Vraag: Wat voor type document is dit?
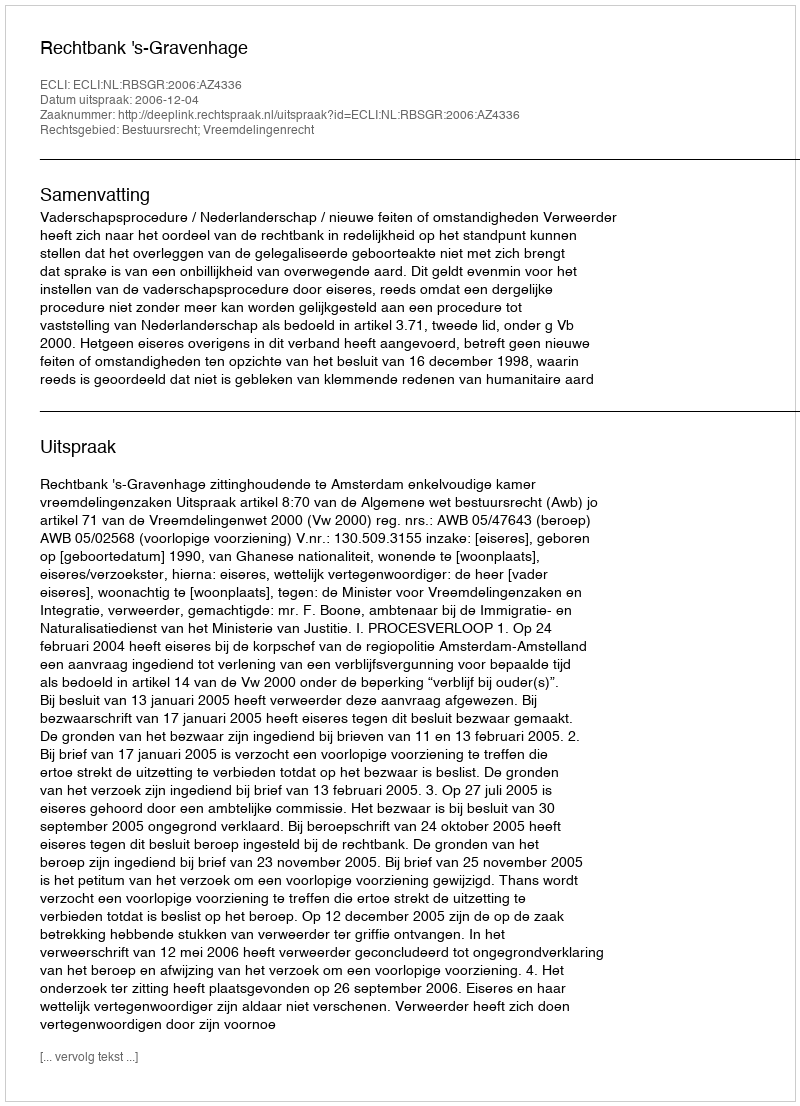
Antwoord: Uitspraak